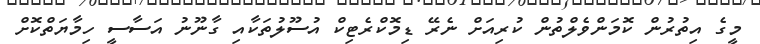
މީގެ އިތުރުން ކޮމަންވެލްތުން ކުރިއަށް ނެރޭ ޑިމޮކްރެޓިކް އުސޫލުތަކާއި ގާނޫނު އަސާސީ ހިމާޔަތްކޮށް